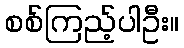
စစ်ကြည့်ပါဦး။